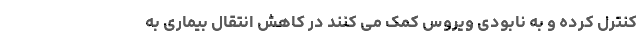
کنترل کرده و به نابودی ویروس کمک می کنند در کاهش انتقال بیماری به